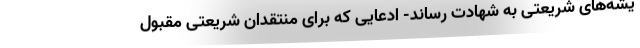
یشه‌های شریعتی به شهادت رساند- ادعایی که برای منتقدان شریعتی مقبول